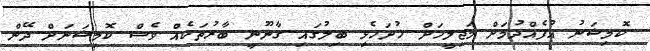
ކޮމިޝަނު އުފެއްދުމަށް މަޖިލީހަށް ހުށަހެޅި ބިލުގައި ގާނޫނީ ބާރުތަކެއް ވެސް ކޮމިޝަނަށް ދޭން